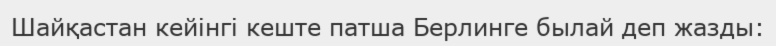
Шайқастан кейінгі кеште патша Берлинге былай деп жазды: